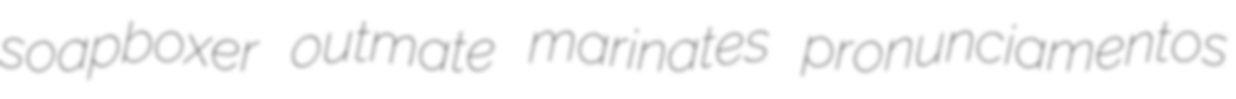
soapboxer outmate marinates pronunciamentos